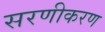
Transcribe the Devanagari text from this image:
सरणीकरण